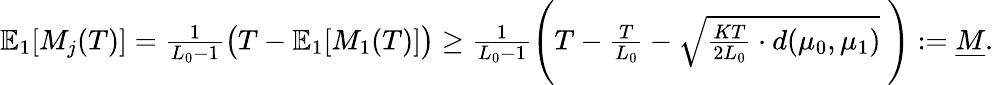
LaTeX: \begin{array}{r}{\mathbb{E}_{1}[M_{j}(T)]=\frac{1}{L_{0}-1}\big(T-\mathbb{E}_{1}[M_{1}(T)]\big)\ge\frac{1}{L_{0}-1}\Bigg(T-\frac{T}{L_{0}}-\sqrt{\frac{KT}{2L_{0}}\cdot d(\mu_{0},\mu_{1})}~\Bigg):=\underline{{M}}.}\end{array}